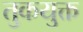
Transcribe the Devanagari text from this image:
तुकयुक्त